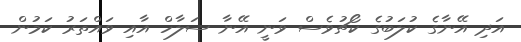
އަދި އޭނާގެ ކުލަބުގެ ކޯޗުވެސް ވަނީ އޭނާ ސަލާހް އާއި ވައްތަރު ކަމުން